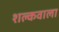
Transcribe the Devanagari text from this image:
शल्कवाला